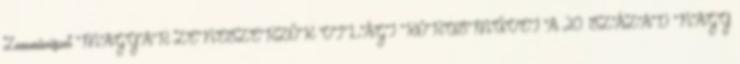
Zeneművészet MAGYAR ZENESZERZŐK VILÁGI KÓRUSMŰVEI A 20. SZÁZAD NAGY